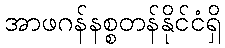
အာဖဂန်နစ္စတန်နိုင်ငံရှိ